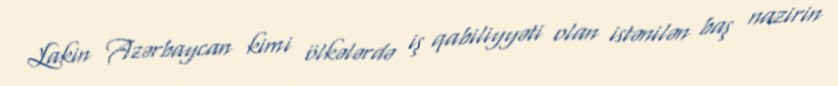
Lakin Azərbaycan kimi ölkələrdə iş qabiliyyəti olan istənilən baş nazirin